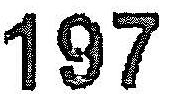
197